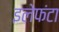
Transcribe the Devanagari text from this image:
इलेफंटा